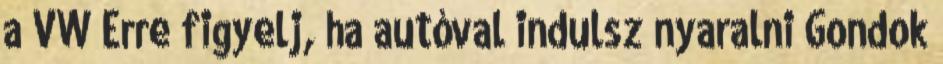
a VW Erre figyelj, ha autóval indulsz nyaralni Gondok